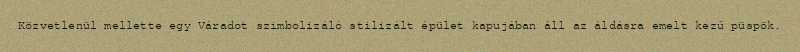
Közvetlenül mellette egy Váradot szimbolizáló stilizált épület kapujában áll az áldásra emelt kezű püspök.